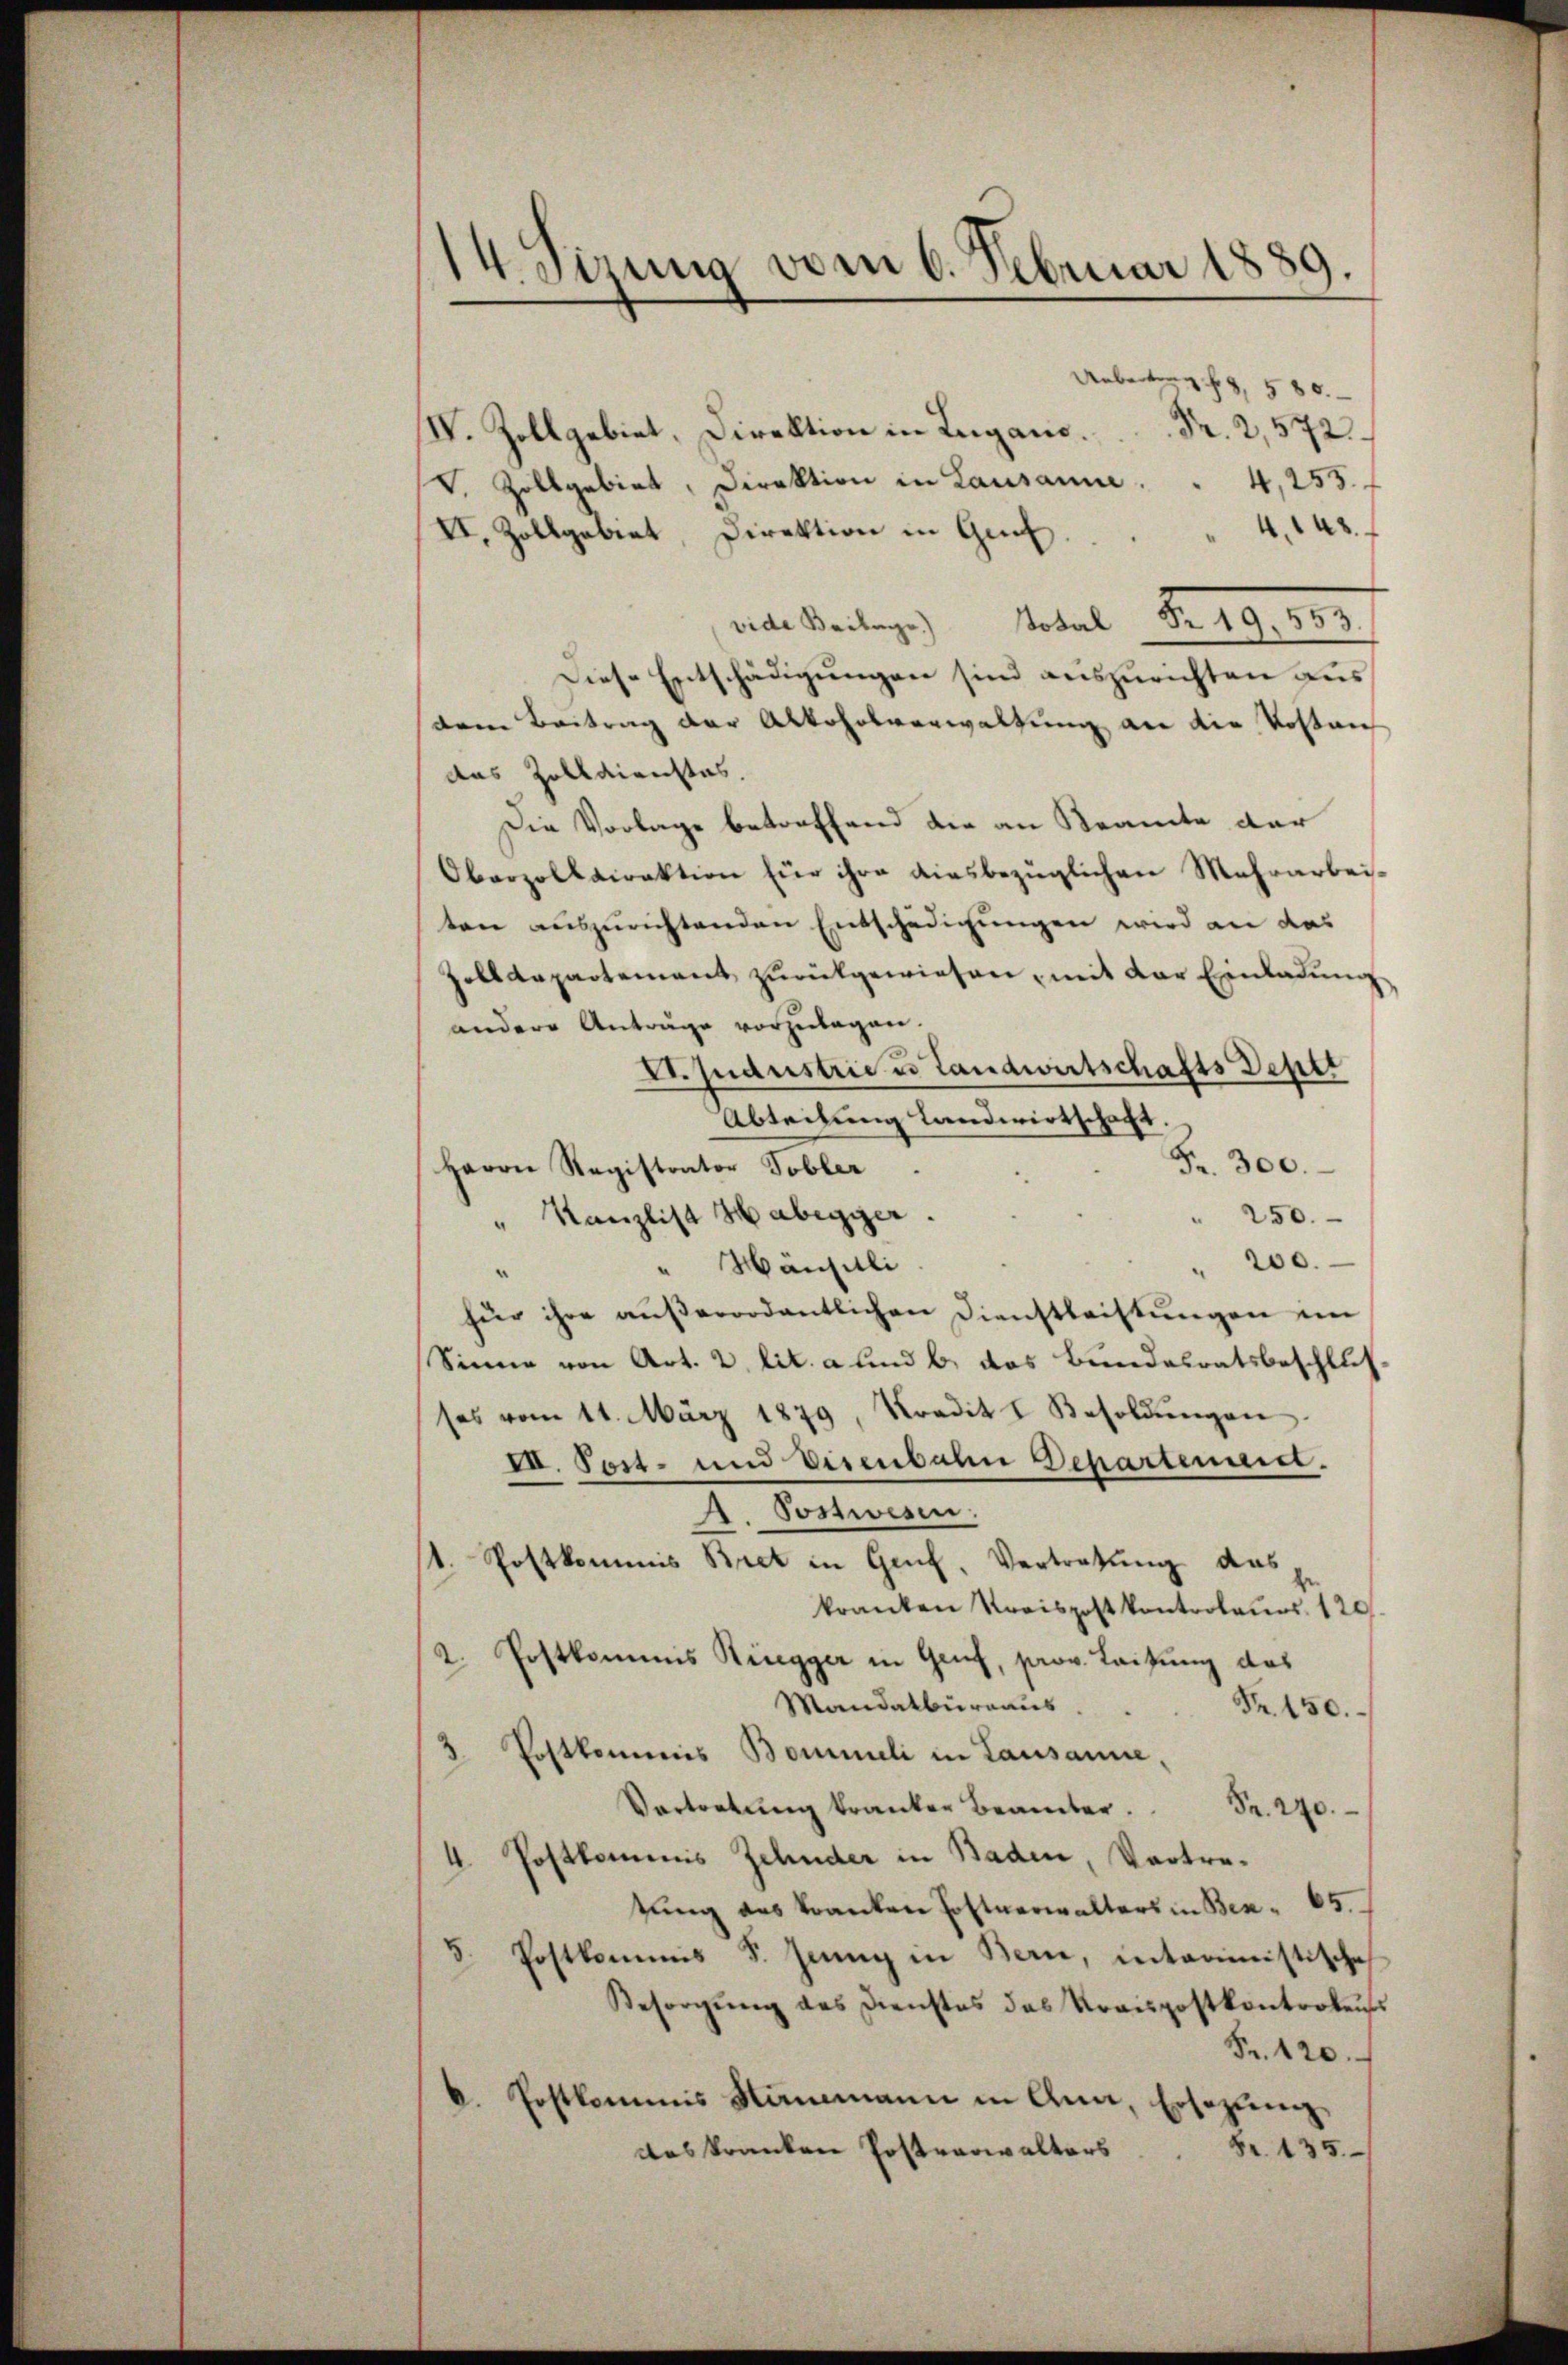
14. Sizung vom 6. Februar 1889.

Anbetrag f. 8, 580.
IV. Zollgebiet, Direktion in Lugano.   Fr. 2,572
V. Zollgebiet, Direktion in Lausanne . . 4,255.
4148
VI. Zollgebiet, Direktion in Genf.
vide Beilage) Notal Fr. 19. 553.
Diese Entschädigungen sind auszurichten aus
(dem Beitrag der Alkoholverwaltung an die Kostan
das Zolldienstes.
Die Vorlage betreffend die an Kramte der
Oberzolldirektion für ihre diesbezüglichen Mehrarbei-
ten auszurichtenden Entschädigungen wird an das
Zolldepartement zurückgewiesen, mit der Einladung
andere Anträge vorzulagen.
D. Jndustrie u Landwirtschafts Deput
Abteilung Landwirtschaft
Fr. 300.
Herrn Registrator Tobler.
" 250.
" Kanzlist Habegger.
200.
Mänhilli
für ihre aŭβerordentlichen Dienstleistŭngen im
Sinne von Art. 2, lit. a und b. das Bundesratsbeschlusses vom 11. März 1879, Kredit I Besoldŭngen
I. Port- und Eisenbahn Departement.
A. Postwesen.
1. Postkommis Bret in Genf, Vertretung das
kranken Kreispost kontrolaŭos. 120.
2. Postkommis Rüegger in Genf, prov. Leitung das
Mandatbureaus
Nr. 150.
3. Postkommnis Bommeli in Lausanne,
Vortretung kranker Beamter . . 270.
4. Postkommnis Zehnder in Baden, Vortretung des kranten Postverwalters in Bez. 65.
5. Postkommes 8. Jung in Bern, interimistische
Besorgŭng des Dienstes das Kraispostkontrolens
Fr. 120.
a. Postkommis Stammann in Ana, Ersezung,
Fr. 135.
das kranken Postverwalters